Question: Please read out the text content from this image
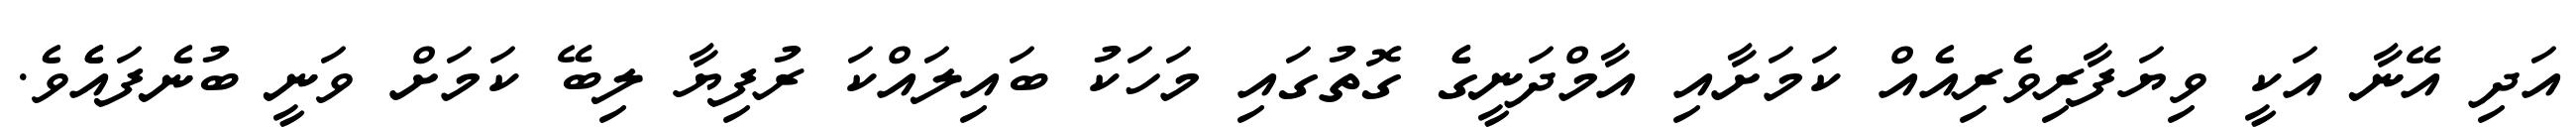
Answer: އަދި އޭނާ އަކީ ވިޔަފާރިވެރިއެއް ކަމަށާއި އާމްދަނީގެެ ގޮތުގައި މަހަކު ބައިލައްކަ ރުފިޔާ ލިބޭ ކަމަށް ވަނީ ބުނެފައެެވެ.